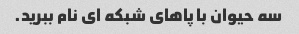
سه حیوان با پاهای شبکه ای نام ببرید.